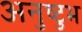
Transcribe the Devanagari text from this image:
अनुष्‍टुभ